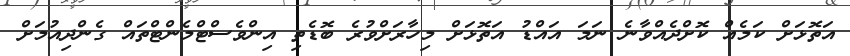
އަތޮޅަށް ކަމެއް ކޮށްދެއްވާނެ ނަމަ އައްޑު އަތޮޅަށް މިހާރަށްވުރެ ބޮޑެތި އިންވެސްޓްމެންޓްތައް ގެންދިއުމަށް